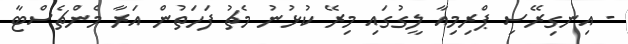
- އިނގިރޭސި ޕްރިމިއާ ލީގުގައި މިރޭ ކުޅުނު މެޗު ފަހަތުން އަރާ މެންޗެސްޓާ